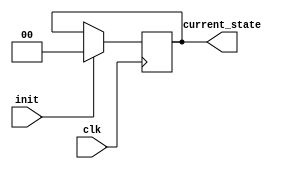
module PreConfiguredStateInit #(
    parameter STATE_WIDTH = 2,             // Width of the state register
    parameter INITIAL_STATE = 2'b00        // Pre-configured start state
)(
    input wire clk,                         // Clock signal
    input wire init,                        // Control signal for initialization
    output reg [STATE_WIDTH-1:0] current_state // Current state output
);

    // State register initialization
    always @(posedge clk) begin
        if (init) begin
            // Upon activation of the init signal, set current state to predefined initial state
            current_state <= INITIAL_STATE;
        end
        // Else, retain the current state (default behavior)
    end

endmodule